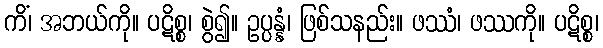
ကိံ၊ အဘယ်ကို။ ပဋိစ္စ၊ စွဲ၍။ ဥပ္ပန္နံ၊ ဖြစ်သနည်း။ ဖဿံ၊ ဖဿကို။ ပဋိစ္စ၊